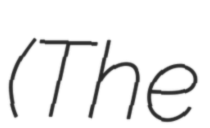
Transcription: (The